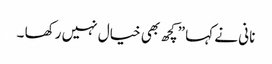
نانی نے کہا ”کچھ بھی خیال نہیں رکھا ۔